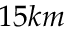
1 5 k m